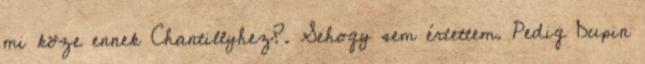
mi köze ennek Chantillyhez?. Sehogy sem értettem. Pedig Dupin